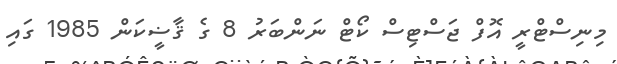
މިނިސްޓްރީ އޮފް ޖަސްޓިސް ކޯޓް ނަންބަރު 8 ގެ ޤާޟީކަން 1985 ގައި